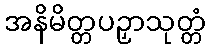
အနိမိတ္တပဉှာသုတ္တံ